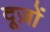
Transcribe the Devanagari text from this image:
दूज़ों